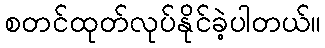
စတင်ထုတ်လုပ်နိုင်ခဲ့ပါတယ်။